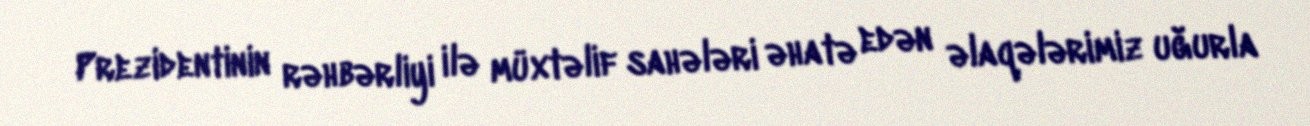
Prezidentinin rəhbərliyi ilə müxtəlif sahələri əhatə edən əlaqələrimiz uğurla